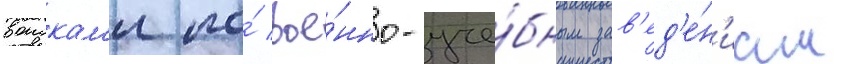
воискам'и по́ вое́нно-уче́бным зав'ед'е́н'иам